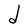
Character: d